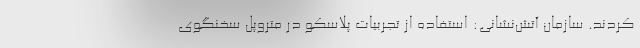
کردند. سازمان آتش‌نشانی: استفاده از تجربیات پلاسکو در متروپل سخنگوی